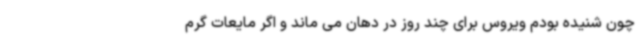
چون شنیده بودم ویروس برای چند روز در دهان می ماند و اگر مایعات گرم